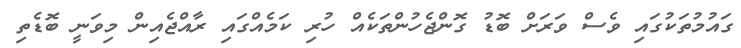
ގައުމުތަކުގައި ވެސް ވަރަށް ބޮޑު ގޮންޖެހުންތަކެއް ހުރި ކަމެއްގައި ރާއްޖެއިން މިވަނީ ބޮޑެތި